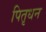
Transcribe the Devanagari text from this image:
पितृधन